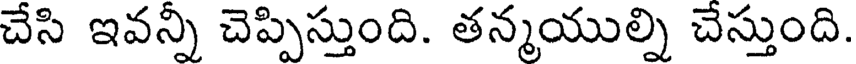
చేసి ఇవన్ని చెప్పిస్తుంది. తన్మయుల్ని చేస్తుంది.